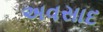
અવસાદ